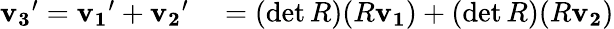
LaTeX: \begin{array}{rl}{\mathbf{v_{3}}^{\prime}=\mathbf{v_{1}}^{\prime}+\mathbf{v_{2}}^{\prime}}&{{}=(\operatorname*{det}R)(R\mathbf{v_{1}})+(\operatorname*{det}R)(R\mathbf{v_{2}})}\end{array}